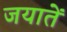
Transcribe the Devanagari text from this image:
जयातें